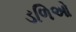
ડળિઓ